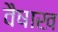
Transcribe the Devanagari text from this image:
वैषाख